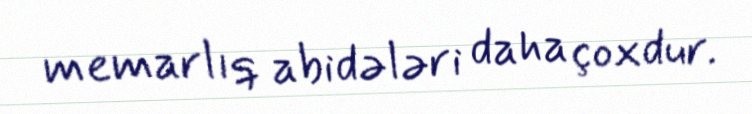
memarlıq abidələri daha çoxdur.